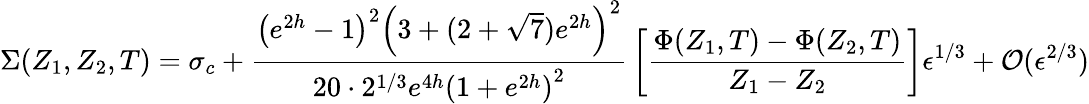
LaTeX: \Sigma(Z_{1},Z_{2},T)=\sigma_{c}+{\frac{\left(e^{2h}-1\right)^{2}\left(3+(2+\sqrt{7})e^{2h}\right)^{2}}{20\cdot 2^{1/3}e^{4h}\left(1+e^{2h}\right)^{2}}}\left[{\frac{\Phi(Z_{1},T)-\Phi(Z_{2},T)}{Z_{1}-Z_{2}}}\right]\epsilon^{1/3}+{\cal O}(\epsilon^{2/3})